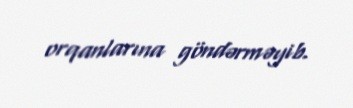
orqanlarına göndərməyib.